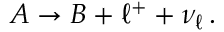
A \to B + \ell ^ { + } + \nu _ { \ell } \, .